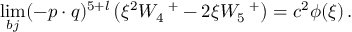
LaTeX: \operatorname * { l i m } _ { b j } ( - p \cdot q ) ^ { 5 + l } \left( \xi ^ { 2 } W _ { 4 } \, ^ { + } - 2 \xi W _ { 5 } \, ^ { + } \right) = c ^ { 2 } \phi ( \xi ) \, .